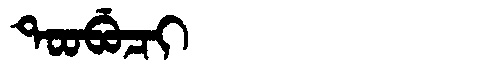
Manchu: ᡨᠣᠣᠪᡠᠴᡳ
Romanization: TOOBUCI